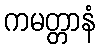
ကမတ္တာနံ